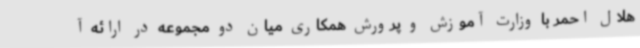
هلال احمر با وزارت آموزش و پرورش همکاری میان دو مجموعه در ارائه آ